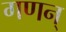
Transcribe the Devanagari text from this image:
गणन्